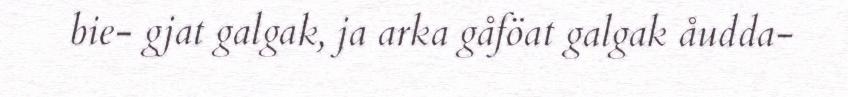
bie- gjat galgak, ja arka gåföat galgak åudda-